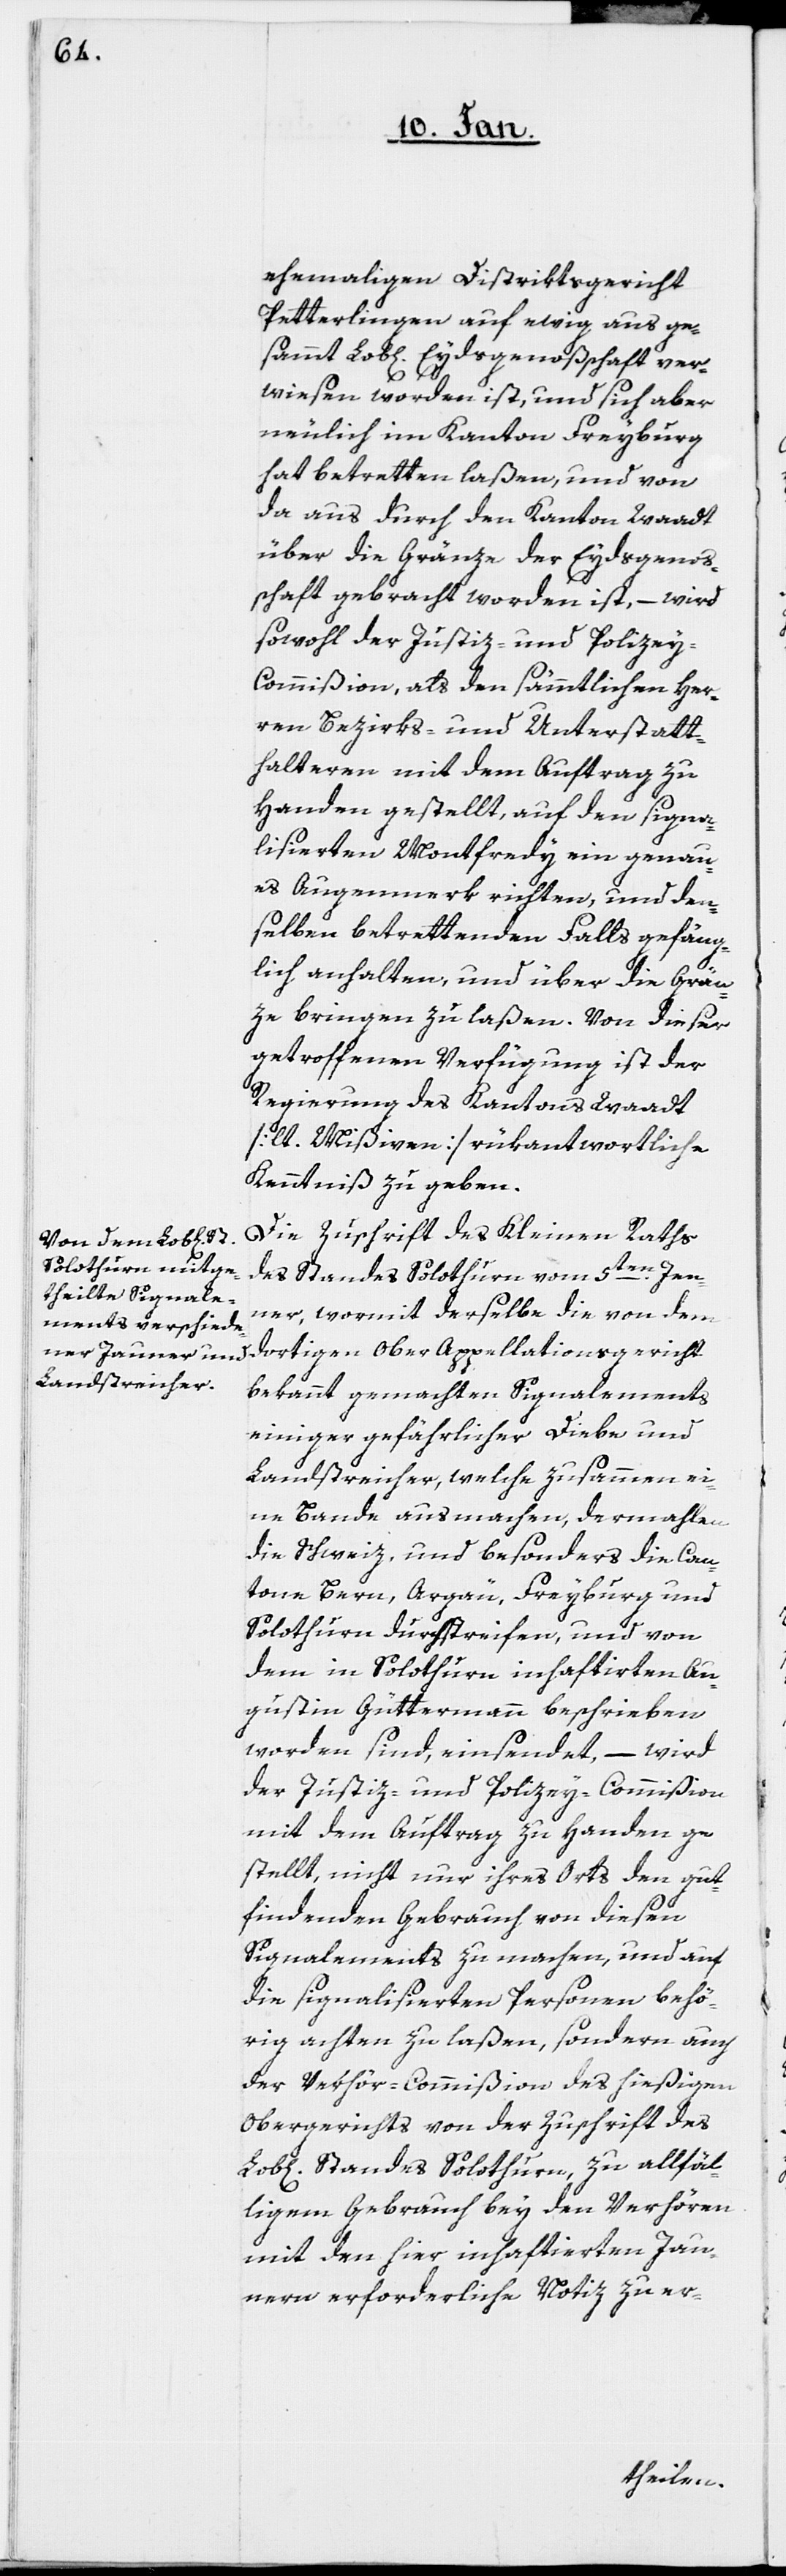
ehemaligen Distriktsgericht
Petterlingen auf ewig aus ge¬
sammt Lob[lichen] Eydsgenoßschaft ver¬
wiesen worden ist, und sich aber
neulich im Canton Freyburg
hat betretten laßen, und von
da aus durch den Canton Waadt
über die Gränze der Eydsgenoß¬
schaft gebracht worden ist, – wird
sowohl der Justiz- und Polize¬
y-Commißion, als den sämmtlichen Her¬
ren Bezirks- und Unterstatt¬
halteren mit dem Auftrag zu
Handen gestellt, auf den signa¬
lisierten Montfredy ein genau¬
es Augenmerk richten, und den¬
selben betrettenden Falls gefäng¬
lich anhalten, und über die Grän¬
ze bringen zu laßen. Von dieser
getroffenen Verfügung ist der
Regierung des Cantons Waadt
[lt. Mißiven] rükantwortliche
Kenntniß zu geben.
Die Zuschrift des Kleinen Raths
des Standes Solothurn vom 5ten. Jen¬
ner, wormit derselbe die von dem
dortigen Ober Appellationsgericht
bekannt gemachten Signalements
einiger gefährlicher Diebe und
Landstreicher, welche zusammen ei¬
ne Bande ausmachen, dermahlen
die Schweiz, und besonders die Can¬
tone Bern, Argäu, Freyburg und
Solothurn durchstreifen, und von
dem in Solothurn inhaftirten Au¬
gustin Güttermann beschrieben
worden sind, einsendet, – wird
der Justiz- und Polizey-Commißion
mit dem Auftrag zu Handen ge¬
stellt, nicht nur ihres Orts den gut¬
findenden Gebrauch von diesen
Signalements zu machen, und auf
die signalisierten Personen behö¬
rig achten zu laßen, sondern auch
der Verhör-Commißion des hießigen
Obergerichts von der Zuschrift des
Standes Solothurn, zu allfäl¬
igem Gebrauch bey den Verhören
mit den hier inhaftierten Jau¬
nern erforderliche Notiz zu er-